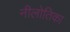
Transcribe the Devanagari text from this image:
नीलोतिका